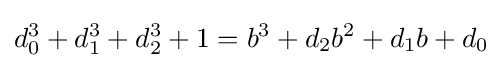
d_{0}^{3}+d_{1}^{3}+d_{2}^{3}+1=b^{3}+d_{2}b^{2}+d_{1}b+d_{0}